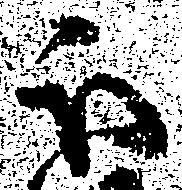
被